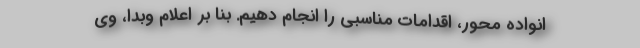
انواده محور، اقدامات مناسبی را انجام دهیم. بنا بر اعلام وبدا، وی